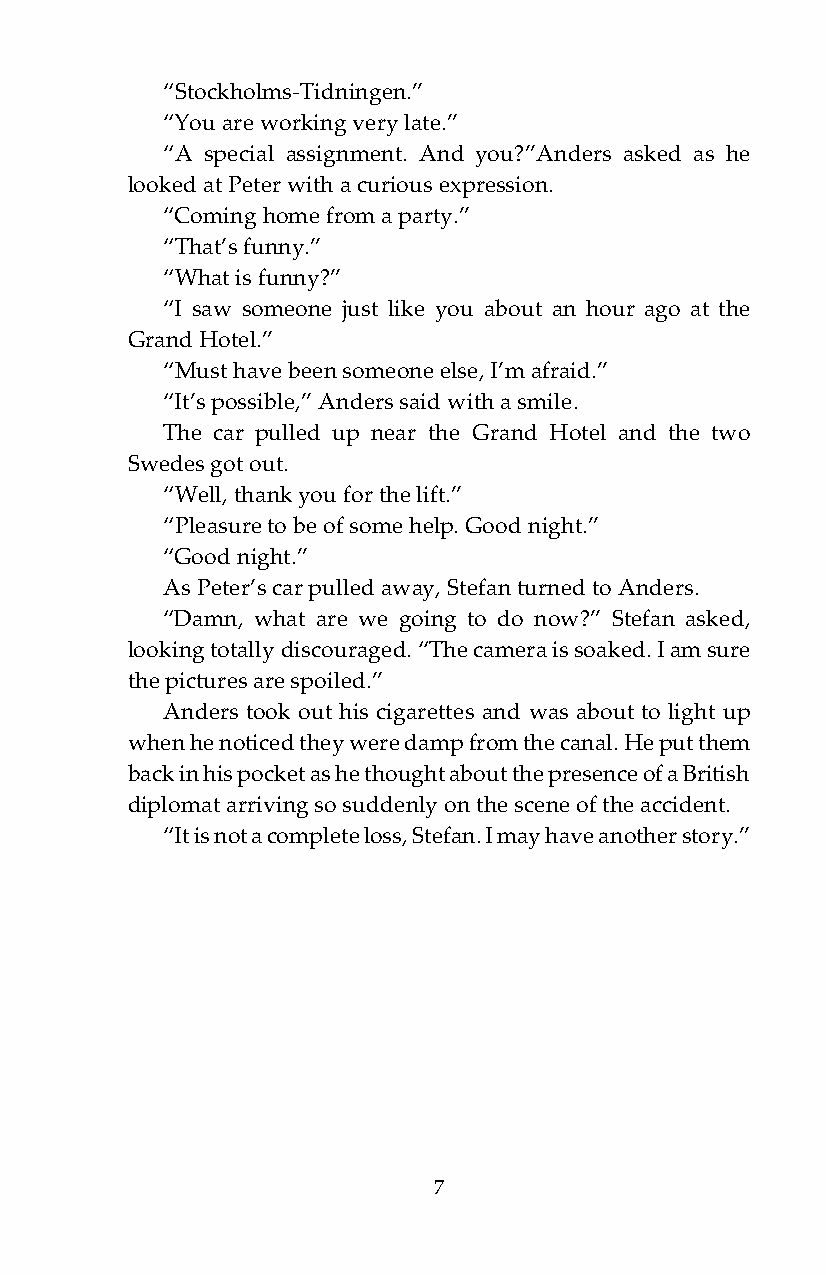
“Stockholms-Tidningen.”
 “You are working very late.”
 “A special assignment. And you?”Anders asked as he
 looked at Peter with a curious expression.
 “Coming home from a party.”
 “That’s funny.”
 “What is funny?”
 “I saw someone just like you about an hour ago at the
 Grand Hotel.”
 “Must have been someone else, I’m afraid.”
 “It’s possible,” Anders said with a smile.
 The car pulled up near the Grand Hotel and the two
 Swedes got out.
 “Well, thank you for the lift.”
 “Pleasure to be of some help. Good night.”
 “Good night.”
 As Peter’s car pulled away, Stefan turned to Anders.
 “Damn, what are we going to do now?” Stefan asked,
 looking totally discouraged. “The camera is soaked. I am sure
 the pictures are spoiled.”
 Anders took out his cigarettes and was about to light up
 when he noticed they were damp from the canal. He put them
 back in his pocket as he thought about the presence of a British
 diplomat arriving so suddenly on the scene of the accident.
 “It is not a complete loss, Stefan. I may have another story.”
 7